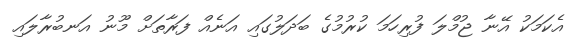
އެކަމަކު އޭނާ ޖުމްލަ ފުރިހަމަ ކުރުމުގެ ބަދަލުގައި އަނެއް ފަރާތަށް މޫނު އަނބުރާލައި